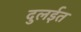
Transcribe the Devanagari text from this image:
दुलईत